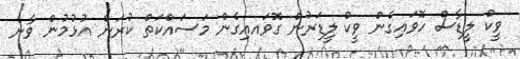
ވީކް ލީޑާސް ހޮވައިގެން ވީކް ލީޑަރުން ގޮވައއިގެން މަސައްކަތް ކުރަން އުޅުމުން ވާނެ